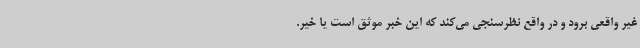
غیر واقعی برود و در واقع نظرسنجی می‌کند که این خبر موثق است یا خیر.